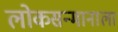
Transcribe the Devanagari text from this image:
लोकसन्मानाला